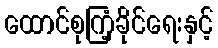
ထောင်စုကြံ့ခိုင်ရေးနှင့်